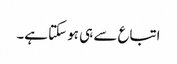
اتباع سے ہی ہو سکتا ہے۔